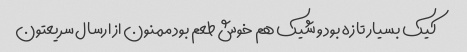
کیک بسیار تازه بود و شیک هم خوش طعم بود ممنون از ارسال سریعتون